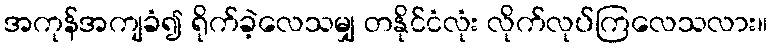
အကုန်အကျခံ၍ ရိုက်ခဲ့လေသမျှ တနိုင်ငံလုံး လိုက်လုပ်ကြလေသလား။